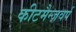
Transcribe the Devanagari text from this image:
कीटमैन्ज़वर्प